NAE_ERA_R-2078_Sihtasutus_Eesti_Kontsert, lk 167
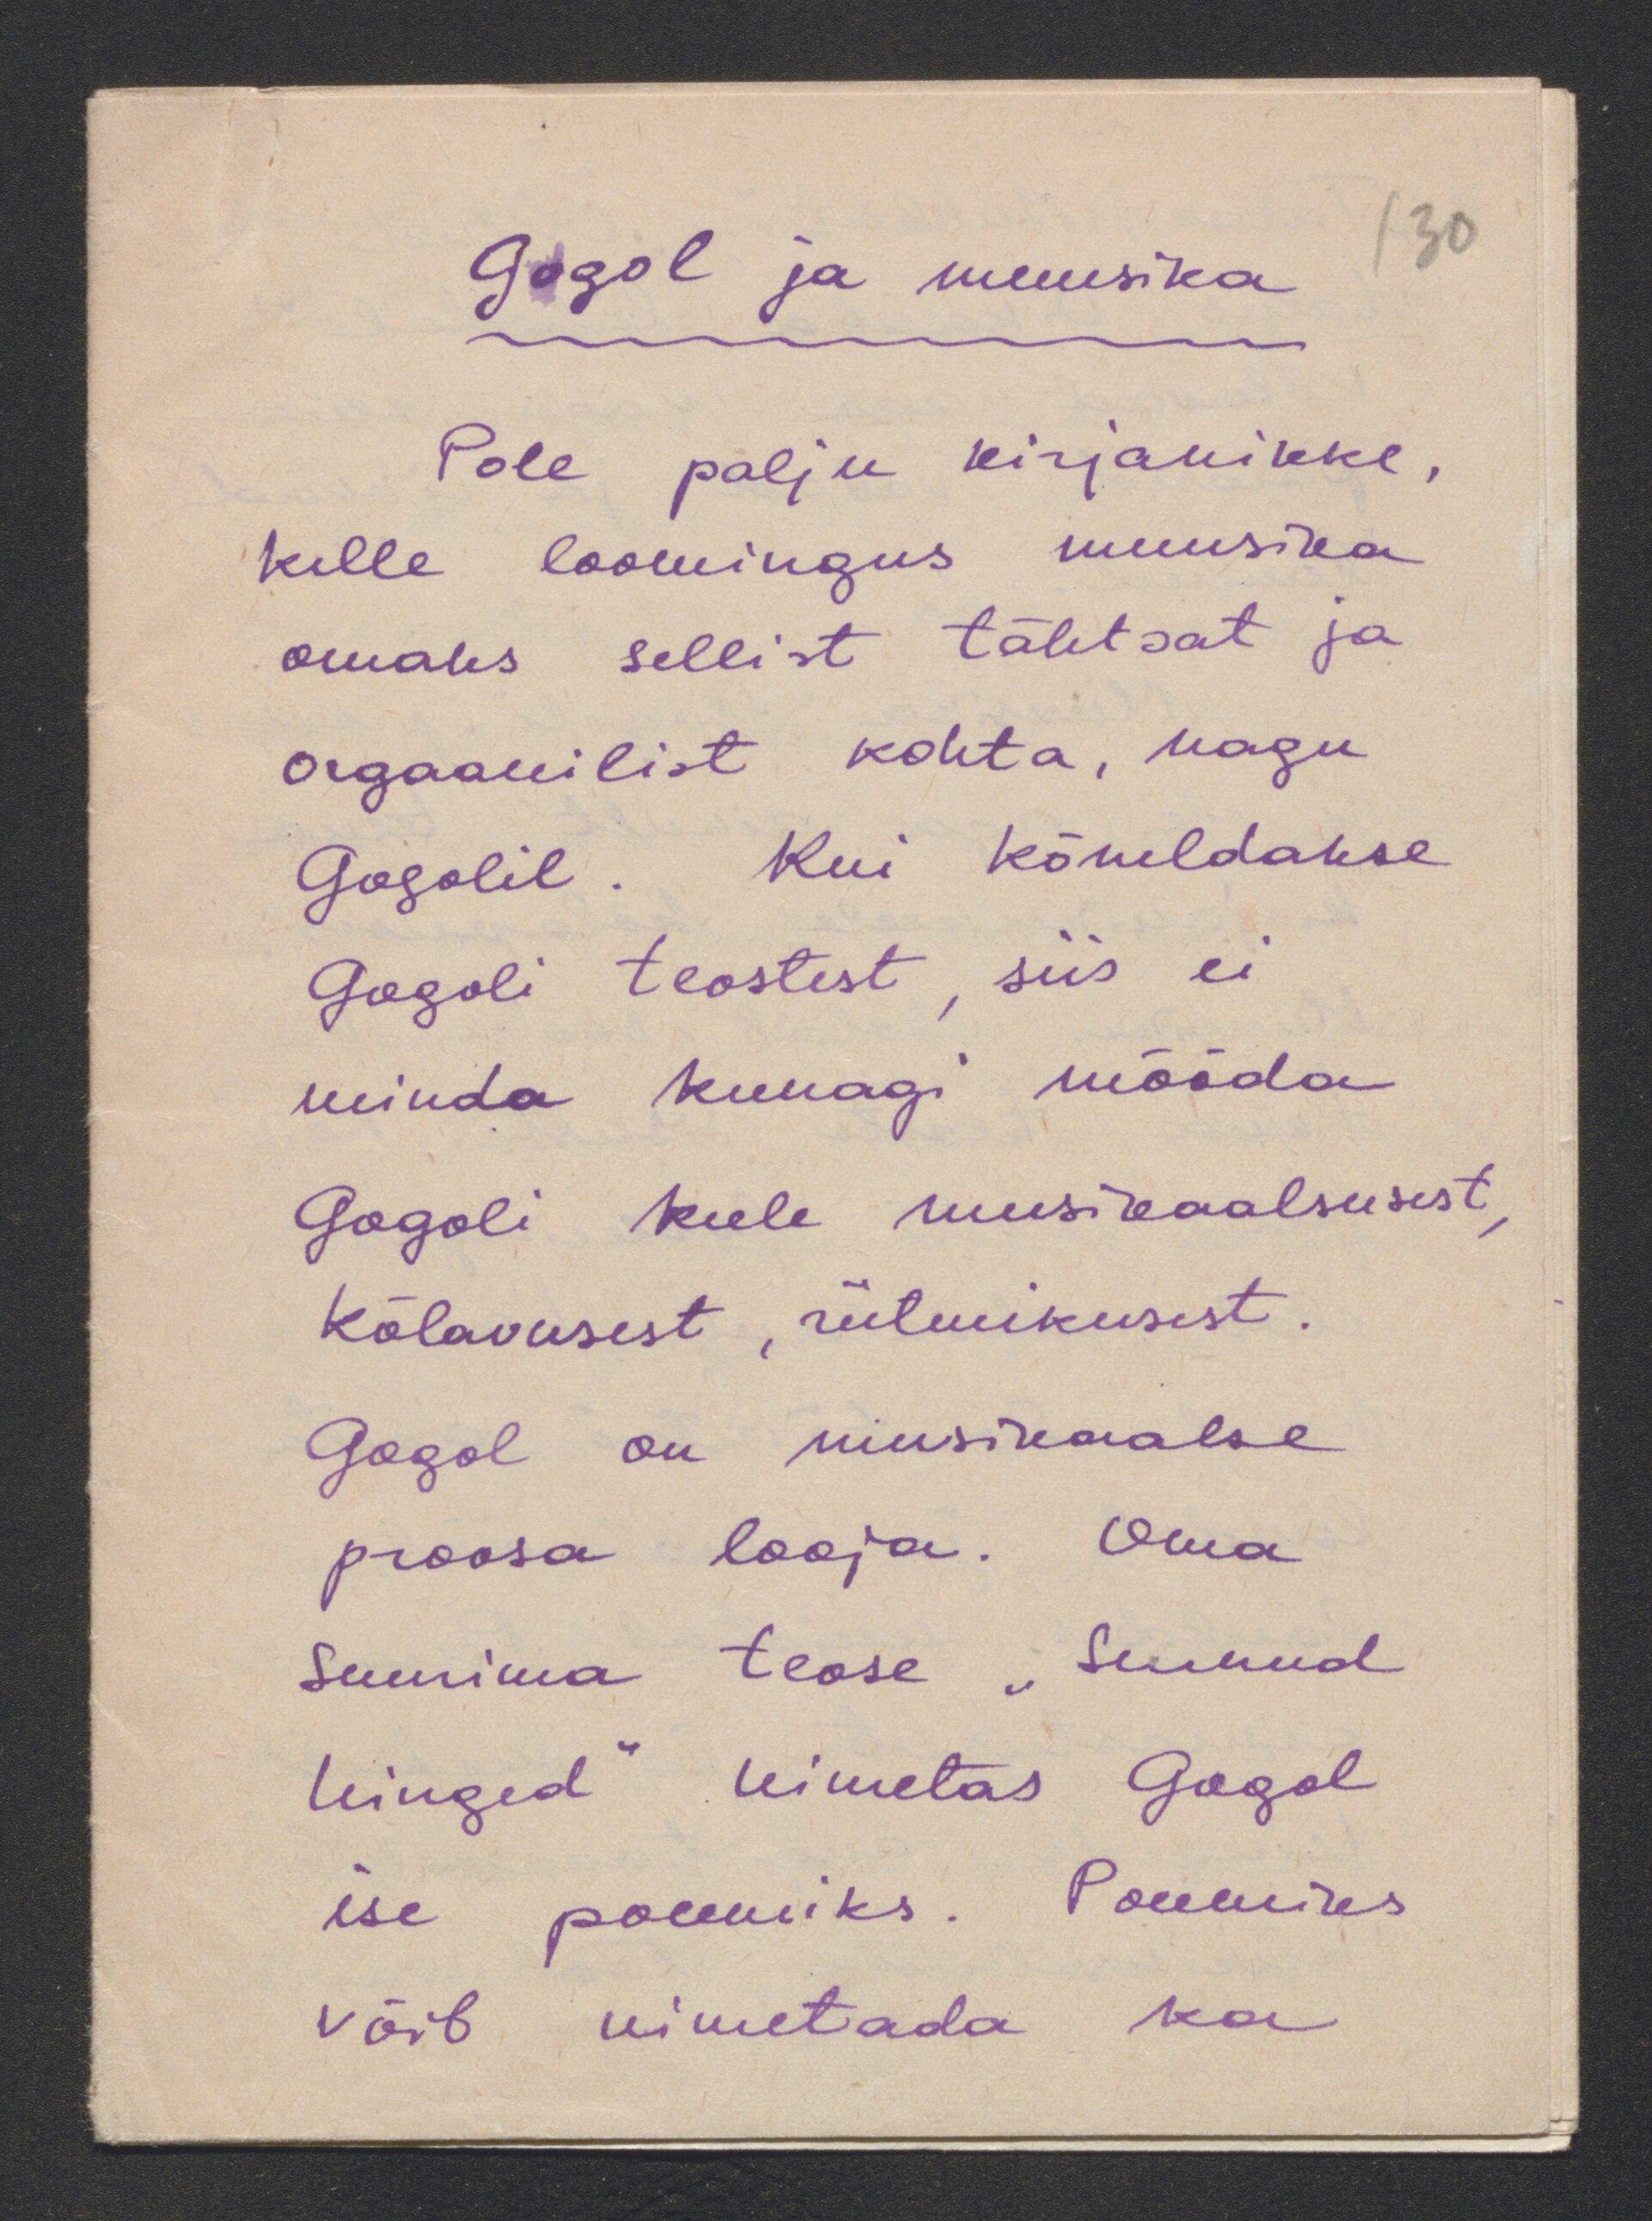
Gogol ja muusika
Pole palju kirjanikke,
kelle loomingus muusika
omaks sellist tähtsat ja
orgaanilist kohta, nagu
Gogolil. Kui kõneldakse
Gogoli teostest, siis ei
minda kunagi mööda
Gogoli keele musikaalsusest,
kõlavusest, rütmikusest.
Gogol on musikaalse
proosa looja. Oma
Suurima teose „Surnud
hinged“ nimetas Gogol
ise poeemiks. Poeemiks
võib nimetada ka